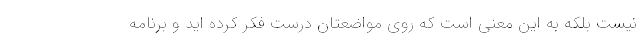
نیست بلکه به این معنی است که روی مواضعتان درست فکر کرده اید و برنامه